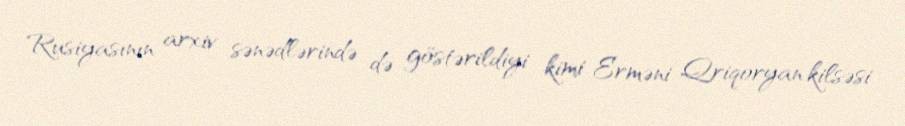
Rusiyasının arxiv sənədlərində də göstərildiyi kimi Erməni Qriqoryan kilsəsi